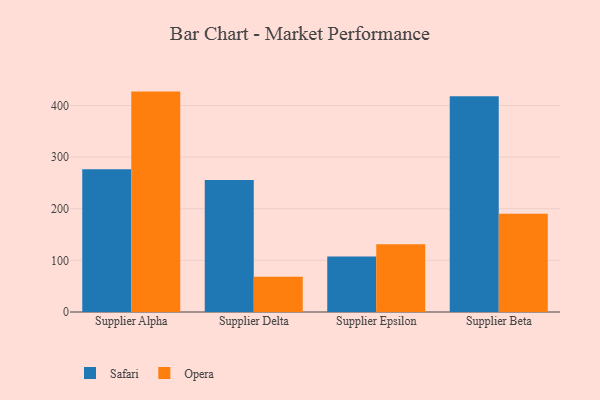
{"axis": {"x": "Supplier", "y": "Net Income (USD K)"}, "legend": ["Opera", "Safari"], "data": [{"x": "Supplier Alpha", "y": 276.6, "type": "Safari"}, {"x": "Supplier Alpha", "y": 426.9, "type": "Opera"}, {"x": "Supplier Delta", "y": 255.9, "type": "Safari"}, {"x": "Supplier Delta", "y": 68.4, "type": "Opera"}, {"x": "Supplier Epsilon", "y": 107.4, "type": "Safari"}, {"x": "Supplier Epsilon", "y": 131.4, "type": "Opera"}, {"x": "Supplier Beta", "y": 418.0, "type": "Safari"}, {"x": "Supplier Beta", "y": 190.5, "type": "Opera"}]}